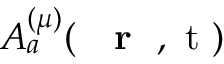
A _ { a } ^ { ( \mu ) } ( \mathrm { ~ { ~ \bf ~ r ~ } ~ , ~ t ~ } )